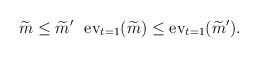
LaTeX: \begin{align*}\widetilde{m}\leq \widetilde{m}'\ \ \mathrm{ev}_{t=1}(\widetilde{m})\leq \mathrm{ev}_{t=1}(\widetilde{m}').\end{align*}